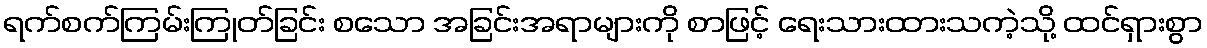
ရက်စက်ကြမ်းကြုတ်ခြင်း စသော အခြင်းအရာများကို စာဖြင့် ရေးသားထားသကဲ့သို့ ထင်ရှားစွာ